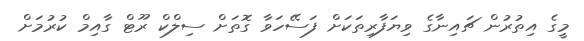
މީގެ އިތުރުން ޗައިނާގެ ވިޔަފާރިތަކަށް ފަސޭހަވާ ގޮތަށް ސިލްކް ރޫޓް ގާއިމް ކުރުމަށް